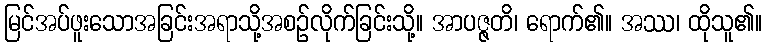
မြင်အပ်ဖူးသောအခြင်းအရာသို့အစဉ်လိုက်ခြင်းသို့။ အာပဇ္ဇတိ၊ ရောက်၏။ အဿ၊ ထိုသူ၏။